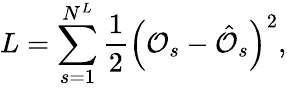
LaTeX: L=\sum_{s=1}^{N^{L}}\frac{1}{2}\left(\mathcal{O}_{s}-\hat{\mathcal{O}}_{s}\right)^{2},